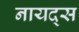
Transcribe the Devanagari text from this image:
नायद्स